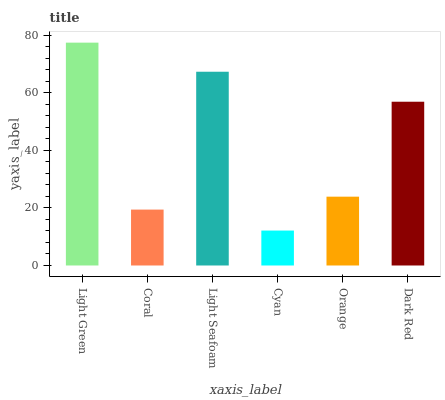
| xaxis_label | bars |
 | --- | --- |
 | Light Green | 77.4 |
 | Coral | 19.4 |
 | Light Seafoam | 67.3 |
 | Cyan | 12.1 |
 | Orange | 23.9 |
 | Dark Red | 56.9 |